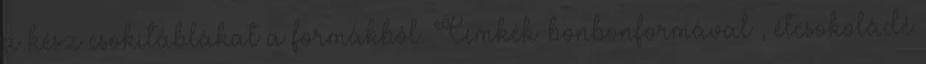
a kész csokitáblákat a formákból. Címkék: bonbonformával , étcsokoládé